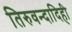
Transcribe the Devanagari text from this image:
तिरुवन्दादिही